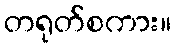
တရုတ်စကား။